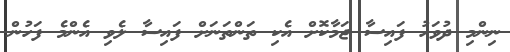
ނިންމި ދުވަހު ފައިސާ ޖަމާކޮށް އެކި ތަންތަނަށް ފައިސާ ލެވި އެންމެ ފަހުން